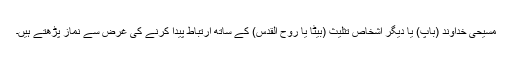
مسیحی خداوند (باپ) یا دیگر اشخاص تثلیث (بیٹا یا روح القدس) کے ساتھ ارتباط پیدا کرنے کی غرض سے نماز پڑھتے ہیں۔